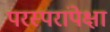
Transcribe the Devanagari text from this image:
परस्परांपेक्षा